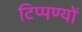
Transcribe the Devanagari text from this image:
टिप्पण्यों